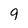
Character: 9